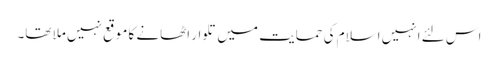
اس لئے انہیں اسلام کی حمایت میں تلوار اٹھانے کا موقع نہیں ملا تھا۔